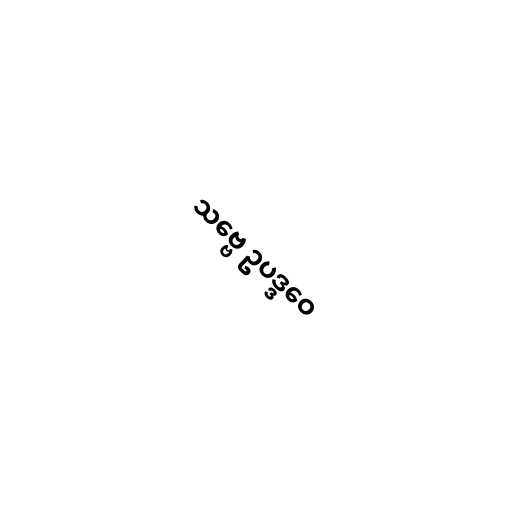
သဗ္ဗေ ဥပဒ္ဒဝေ